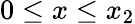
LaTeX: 0\leq x\leq x_{2}